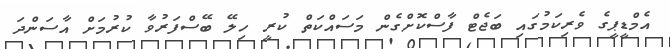
އެމްޑީޕީގެ ވެރިކަމުގައި ބަޖެޓް ފާސްކޮށްގެން މަސައްކަތް ކުރީ ހިލޭ ބޭސްފަރުވާ ކުރުމަށް އާސަންދަ